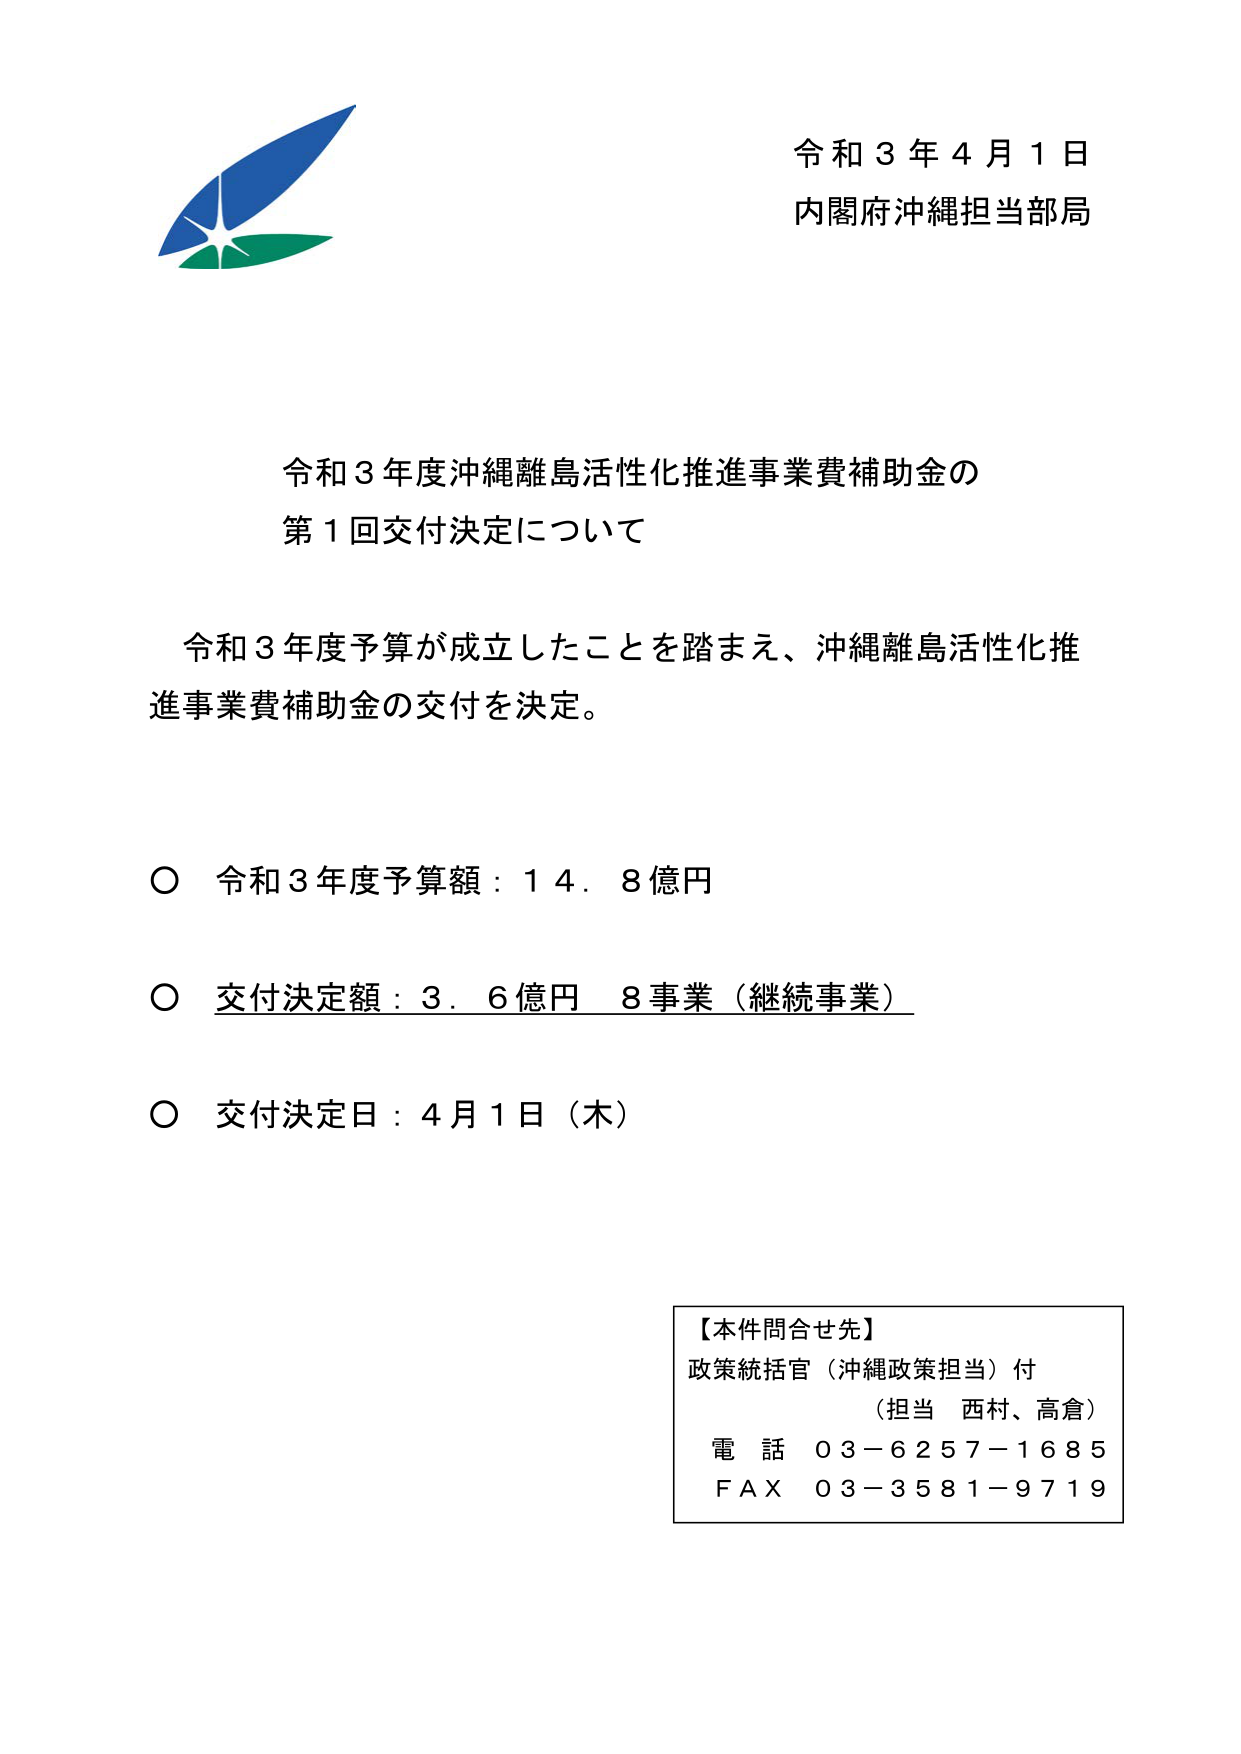
令和３年４月１日
内閣府沖縄担当部局

令和３年度沖縄離島活性化推進事業費補助金の
第１回交付決定について

令和３年度予算が成立したことを踏まえ、沖縄離島活性化推進事業費補助金の交付を決定。

○ 令和３年度予算額：１４．８億円
○ 交付決定額：３．６億円 ８事業（継続事業）
○ 交付決定日：４月１日（木）

【本件問合せ先】
政策統括官（沖縄政策担当）付
（担当 西村、高倉）
電話 ０３－６２５７－１６８５
ＦＡＸ ０３－３５８１－９７１９